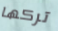
تركها